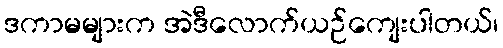
ဒကာမများက အဲဒီလောက်ယဉ်ကျေးပါတယ်၊